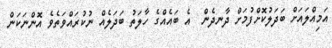
އަމިއްލައަށް ބަދަލުކޮށްފުމަށް ދާނދެން  އެ ބައެއްގެ ހާލަތު ބަދަލެއް ނުކުރައްވަތެވެ އޮންނަކަން